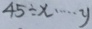
4 5 \div x \cdots y